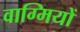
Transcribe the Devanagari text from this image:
वाग्मियों